Lunatic asylums United Provinces 1899-1908 - 1899-1908
Year: 1899
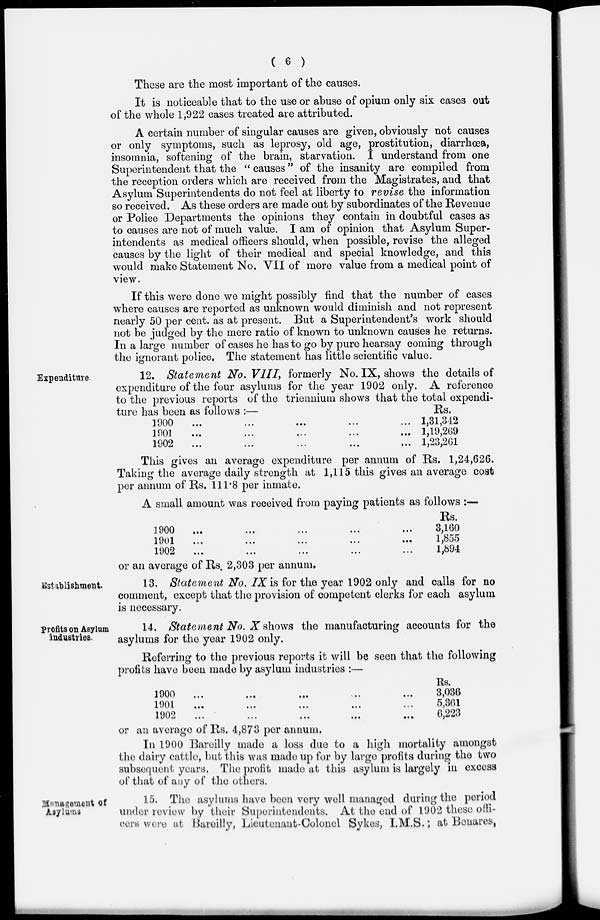
( 6 )
These are the most important of the causes.
It is noticeable that to the use or abuse of opium only six cases out
of the whole 1,922 cases treated are attributed.
A certain number of singular causes are given, obviously not causes
or only symptoms, such as leprosy, old age, prostitution, diarrhoea,
insomnia, softening of the brain, starvation. I understand from one
Superintendent that the " causes " of the insanity are compiled from
the reception orders which are received from the Magistrates, and that
Asylum Superintendents do not feel at liberty to revise the information
so received. As these orders are made out by subordinates of the Revenue
or Police Departments the opinions they contain in doubtful cases as
to causes are not of much value. I am of opinion that Asylum Super-
intendents as medical officers should, when possible, revise the alleged
causes by the light of their medical and special knowledge, and this
would make Statement No. VII of more value from a medical point of
view.
If this were done we might possibly find that the number of cases
where causes are reported as unknown would diminish and not represent
nearly 50 per cent. as at present. But a Superintendent's work should
not be judged by the mere ratio of known to unknown causes he returns.
In a large number of cases he has to go by pure hearsay coming through
the ignorant police. The statement has little scientific value.
Expenditure.
12. Statement No. VIII, formerly No. IX, shows the details of
expenditure of the four asylums for the year 1902 only. A reference
to the previous reports of the triennium shows that the total expendi-
ture has been as follows:-
1900
…
…
…
…
…
1901
…
…
…
…
…
1902
…
…
…
…
…
Rs.
1,31,342
1,19,269
1,23,261
This gives an average expenditure per annum of Rs. 1,24,626.
Taking the average daily strength at 1,115 this gives an average cost
per annum of Rs. 111.8 per inmate.
A small amount was received from paying patients as follows :—
1900 … … … … …
1901 … … … … …
1902 … … … … …
Rs.
3,160
1,855
1,894
or an average of Rs. 2,303 per annum.
Establishment.
13. Statement No. IX is for the year 1902 only and calls for no
comment, except that the provision of competent clerks for each asylum
is necessary.
Profits on Asylum
industries.
14. Statement No. X shows the manufacturing accounts for the
asylums for the year 1902 only.
Referring to the previous reports it will be seen that the following
profits have been made by asylum industries :—
1900 … … … … …
1901 … … … … …
1902 … … … … …
Rs.
3,036
5,861
6,223
or an average of Rs. 4,873 per annum.
In 1900 Bareilly made a loss due to a high mortality amongst
the dairy cattle, but this was made up for by large profits during the two
subsequent years, The profit made at this asylum is largely in excess
of that of any of the others.
Management of Asylums 15. The asylums have been very well managed during the period
under review by their Superintendents. At the end of 1902 these offi-
cers were at Bareilly, Lieutenant-Colonel Sykes, I.M.S.; at Benares,